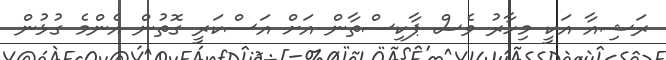
ރަޝިއާ އަކީ މިހާރު ވެސް ޕާކިސްތާން އަށް އަސްކަރީ ގޮތުން އެންމެ ގުޅުން